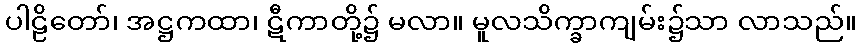
ပါဠိတော်၊ အဋ္ဌကထာ၊ ဋီကာတို့၌ မလာ။ မူလသိက္ခာကျမ်း၌သာ လာသည်။